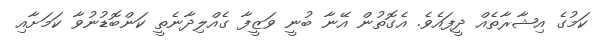
ކަމުގެ އިޝާރާތެއް ދީފައެވެ. އެގޮތުން އޭނާ ބުނީ ވަޒީފާ ގެއްލިދާނެތީ ކަންބޮޑުނުވާ ކަމަށާއި